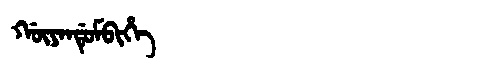
Manchu: ᡤᡡᠶᠠᠨᡩᡠᠮᠪᡳᡥᡝ
Romanization: GŪYANDUMBIHE